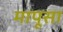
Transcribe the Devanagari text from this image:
मापूसा